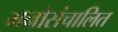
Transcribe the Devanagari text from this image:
मनोसंचालित